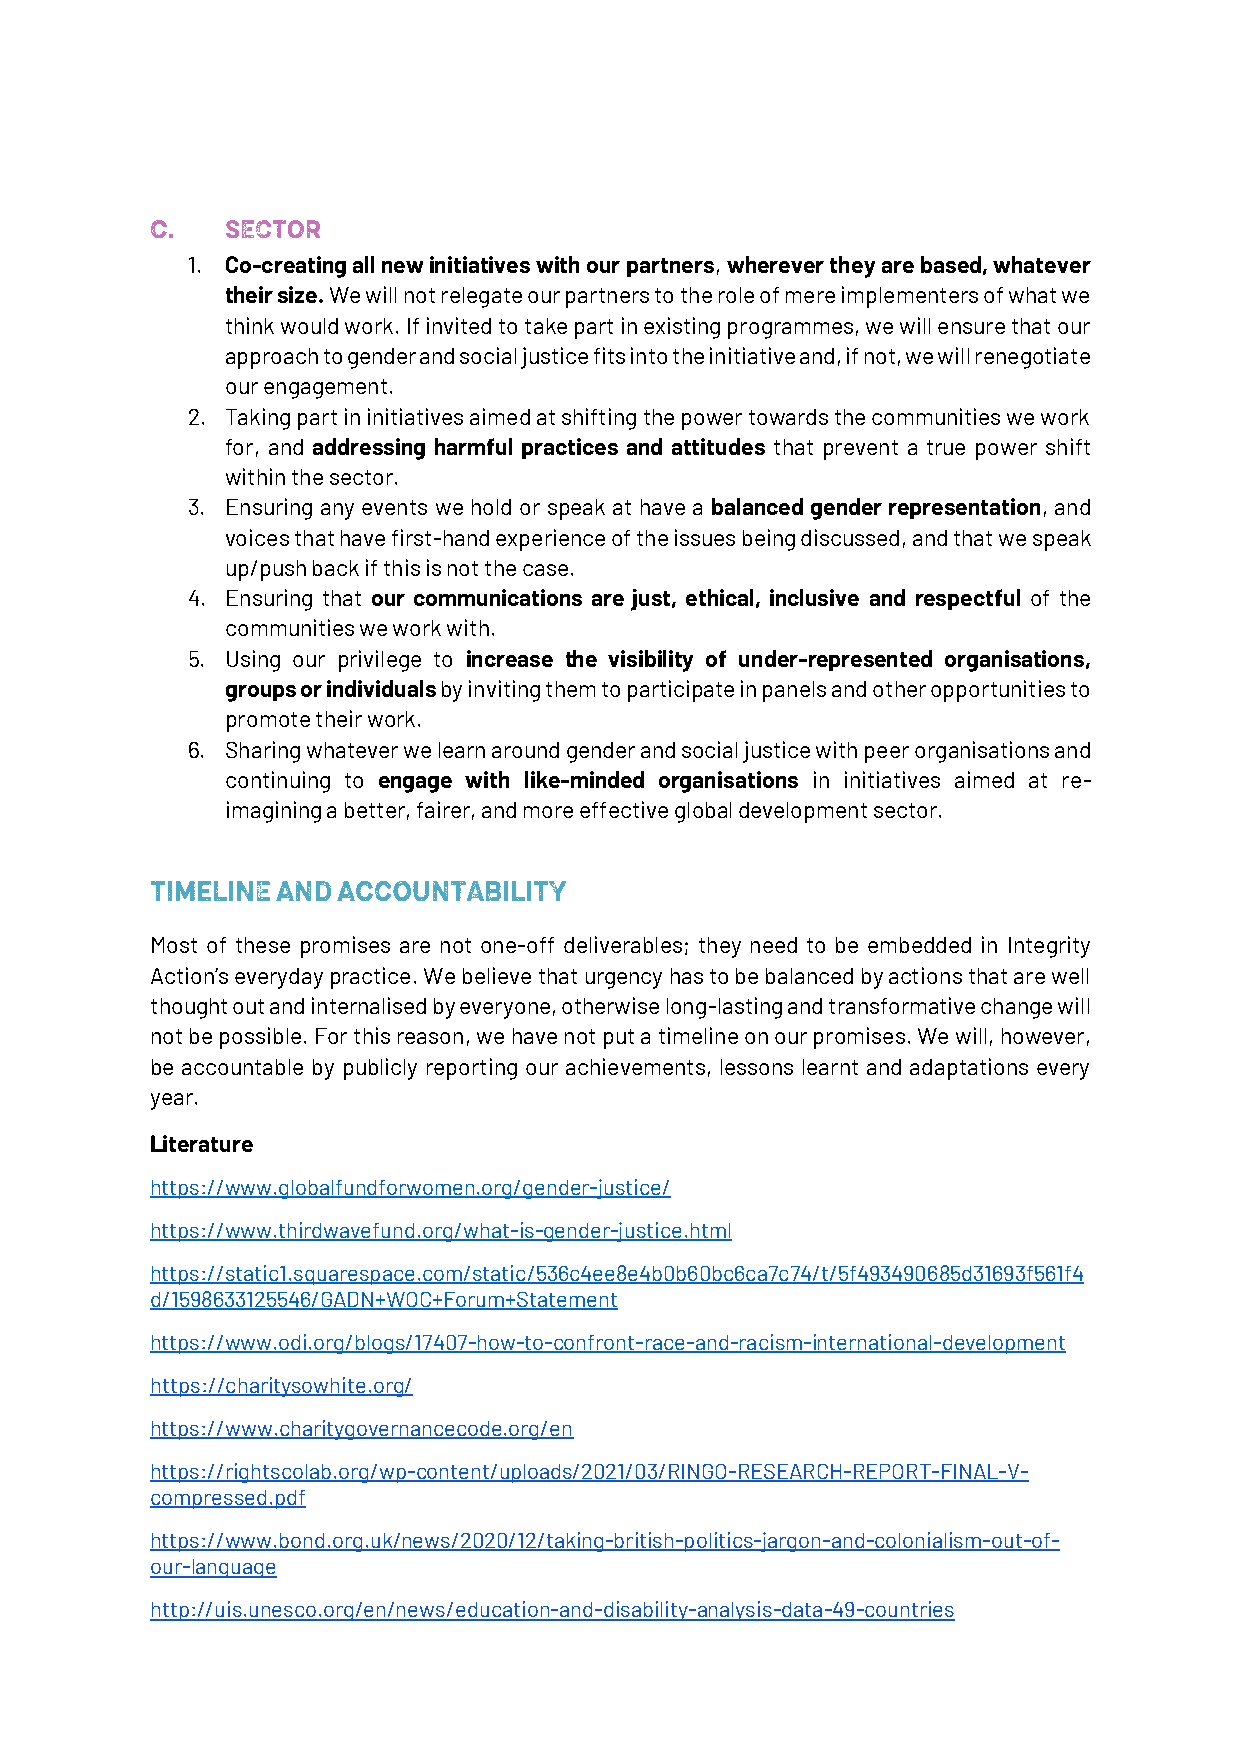
1. Co-creating all new initiatives with our partners, wherever they are based, whatever
 their size. We will not relegate our partners to the role of mere implementers of what we
 think would work. If invited to take part in existing programmes, we will ensure that our
 approach to gender and social justice fits into the initiative and, if not, we will renegotiate
 our engagement.
 2. Taking part in initiatives aimed at shifting the power towards the communities we work
 for, and addressing harmful practices and attitudes that prevent a true power shift
 within the sector.
 3. Ensuring any events we hold or speak at have a balanced gender representation, and
 voices that have first-hand experience of the issues being discussed, and that we speak
 up/push back if this is not the case.
 4. Ensuring that our communications are just, ethical, inclusive and respectful of the
 communities we work with.
 5. Using our privilege to increase the visibility of under-represented organisations,
 groups or individuals by inviting them to participate in panels and other opportunities to
 promote their work.
 6. Sharing whatever we learn around gender and social justice with peer organisations and
 continuing to engage with like-minded organisations in initiatives aimed at re-
 imagining a better, fairer, and more effective global development sector.
 Most of these promises are not one-off deliverables; they need to be embedded in Integrity
 Action’s everyday practice. We believe that urgency has to be balanced by actions that are well
 thought out and internalised by everyone, otherwise long-lasting and transformative change will
 not be possible. For this reason, we have not put a timeline on our promises. We will, however,
 be accountable by publicly reporting our achievements, lessons learnt and adaptations every
 year.
 Literature
 https://www.globalfundforwomen.org/gender-justice/
 https://www.thirdwavefund.org/what-is-gender-justice.html
 https://static1.squarespace.com/static/536c4ee8e4b0b60bc6ca7c74/t/5f493490685d31693f561f4
 d/1598633125546/GADN+WOC+Forum+Statement
 https://www.odi.org/blogs/17407-how-to-confront-race-and-racism-international-development
 https://charitysowhite.org/
 https://www.charitygovernancecode.org/en
 https://rightscolab.org/wp-content/uploads/2021/03/RINGO-RESEARCH-REPORT-FINAL-V-
 compressed.pdf
 https://www.bond.org.uk/news/2020/12/taking-british-politics-jargon-and-colonialism-out-of-
 our-language
 http://uis.unesco.org/en/news/education-and-disability-analysis-data-49-countries